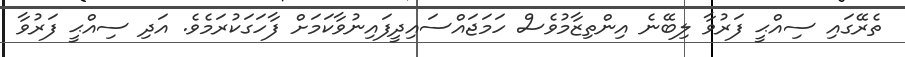
ތެރޭގައި ސިއްޙީ ފަރުވާ ލިބޭނެ އިންތިޒާމުވެސް ހަމަޖައްސައިދީފައިނުވާކަމަށް ފާހަގަކުރަމެވެ. އަދި ސިއްޙީ ފަރުވާ